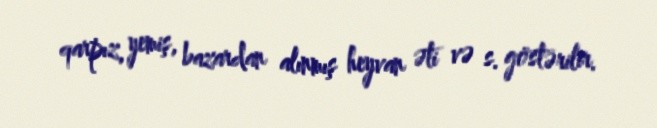
qarpız, yemiş, bazardan alınmış heyvan əti və s. göstərilir.